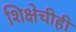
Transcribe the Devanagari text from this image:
शिक्षेचीही